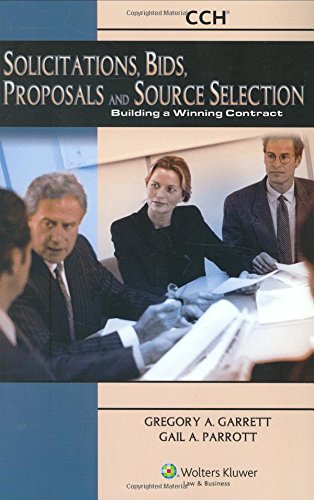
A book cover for Soliciations Bids Proposals & Source Sel: Build Win Contract 2007; Gregory A. Garrett; Law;